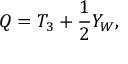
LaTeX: Q = T _ { 3 } + { \frac { 1 } { 2 } } Y _ { W } ,